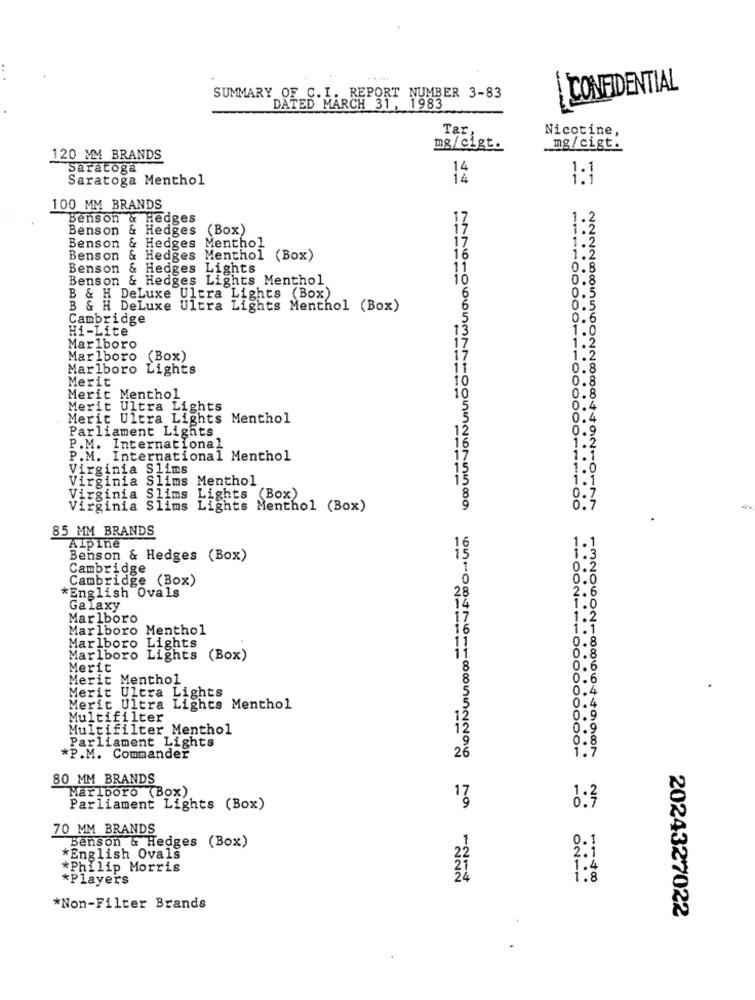
CONFIDENTIAL
SUMMARY OF C. I. REPORT NUMBER 3-83
DATED MARCH 31, 1983
Tar.
Nicotine,
mg/cigt.
mg/cigt.
120 MM BRANDS
Saratoga
14
Saratoga Menthol
14
. .
100 MM BRANDS
Benson & Hedges
1.2
Benson
Hedges (Box)
17
1:2
Benson
Hedges
Menthol
17
1:2
1.2
Benson
Hedges Menthol (Box)
16
Benson
Hedges Lights
11
0.8
Benson & Hedges Lights Menthol
10
0.8
0.5
B & H DeLuxe Ultra Lights (Box)
6
B & H DeLuxe Ultra Lights Menthol (Box)
6
0.5
Cambridge
0.6
Hi-Lite
13
1.0
17
1.2
Marlboro
Marlboro (Box)
17
Marlboro Lights
11
0.8
Merit
10
0.8
Merit Menthol
10
0.8
Merit Ultra Lights
5.4
Merit Ultra Lights Menthol
0.4
Parliament Lights
12
0.9
16
P.M. International
1.2
P.M. International Menthol
17
1.1
Virginia Slims
15
Virginia Slims
Menthol
15
Virginia Slims
Lights (Box)
Virginia Slims
Lights Menthol (Box)
85 MM BRANDS
Alpine
is
Benson & Hedges (Box)
Cambridge
0.2
Cambridge (Box)
0.0
*English Ovals
28
2.6
Galaxy
1.0
Marlboro
1.2
Marlboro Menthol
.1
Marlboro
Lights
Marlboro
Lights (Box)
Merit
Merit Menthol
0.6
Merit Ultra Lights
0.4
Merit Ultra Lights Menthol
Multifilter
0.9
Multifilter Menthol
Parliament Lights
0.8
*P.M. Commander
26
80 MM BRANDS
Marlboro (Box)
17
Parliament Lights (Box)
70 MM BRANDS
Benson & Hedges (Box)
*English Ovals
*Philip Morris
1.4
*Players
1.8
*Non-Filter Brands
2024327022